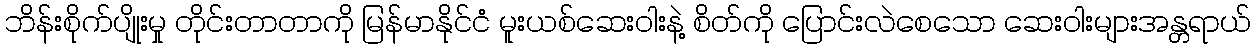
ဘိန်းစိုက်ပျိုးမှု တိုင်းတာတာကို မြန်မာနိုင်ငံ မူးယစ်ဆေးဝါးနဲ့ စိတ်ကို ပြောင်းလဲစေသော ဆေးဝါးများအန္တရာယ်